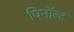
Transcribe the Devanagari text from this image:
पिनॉल्ट